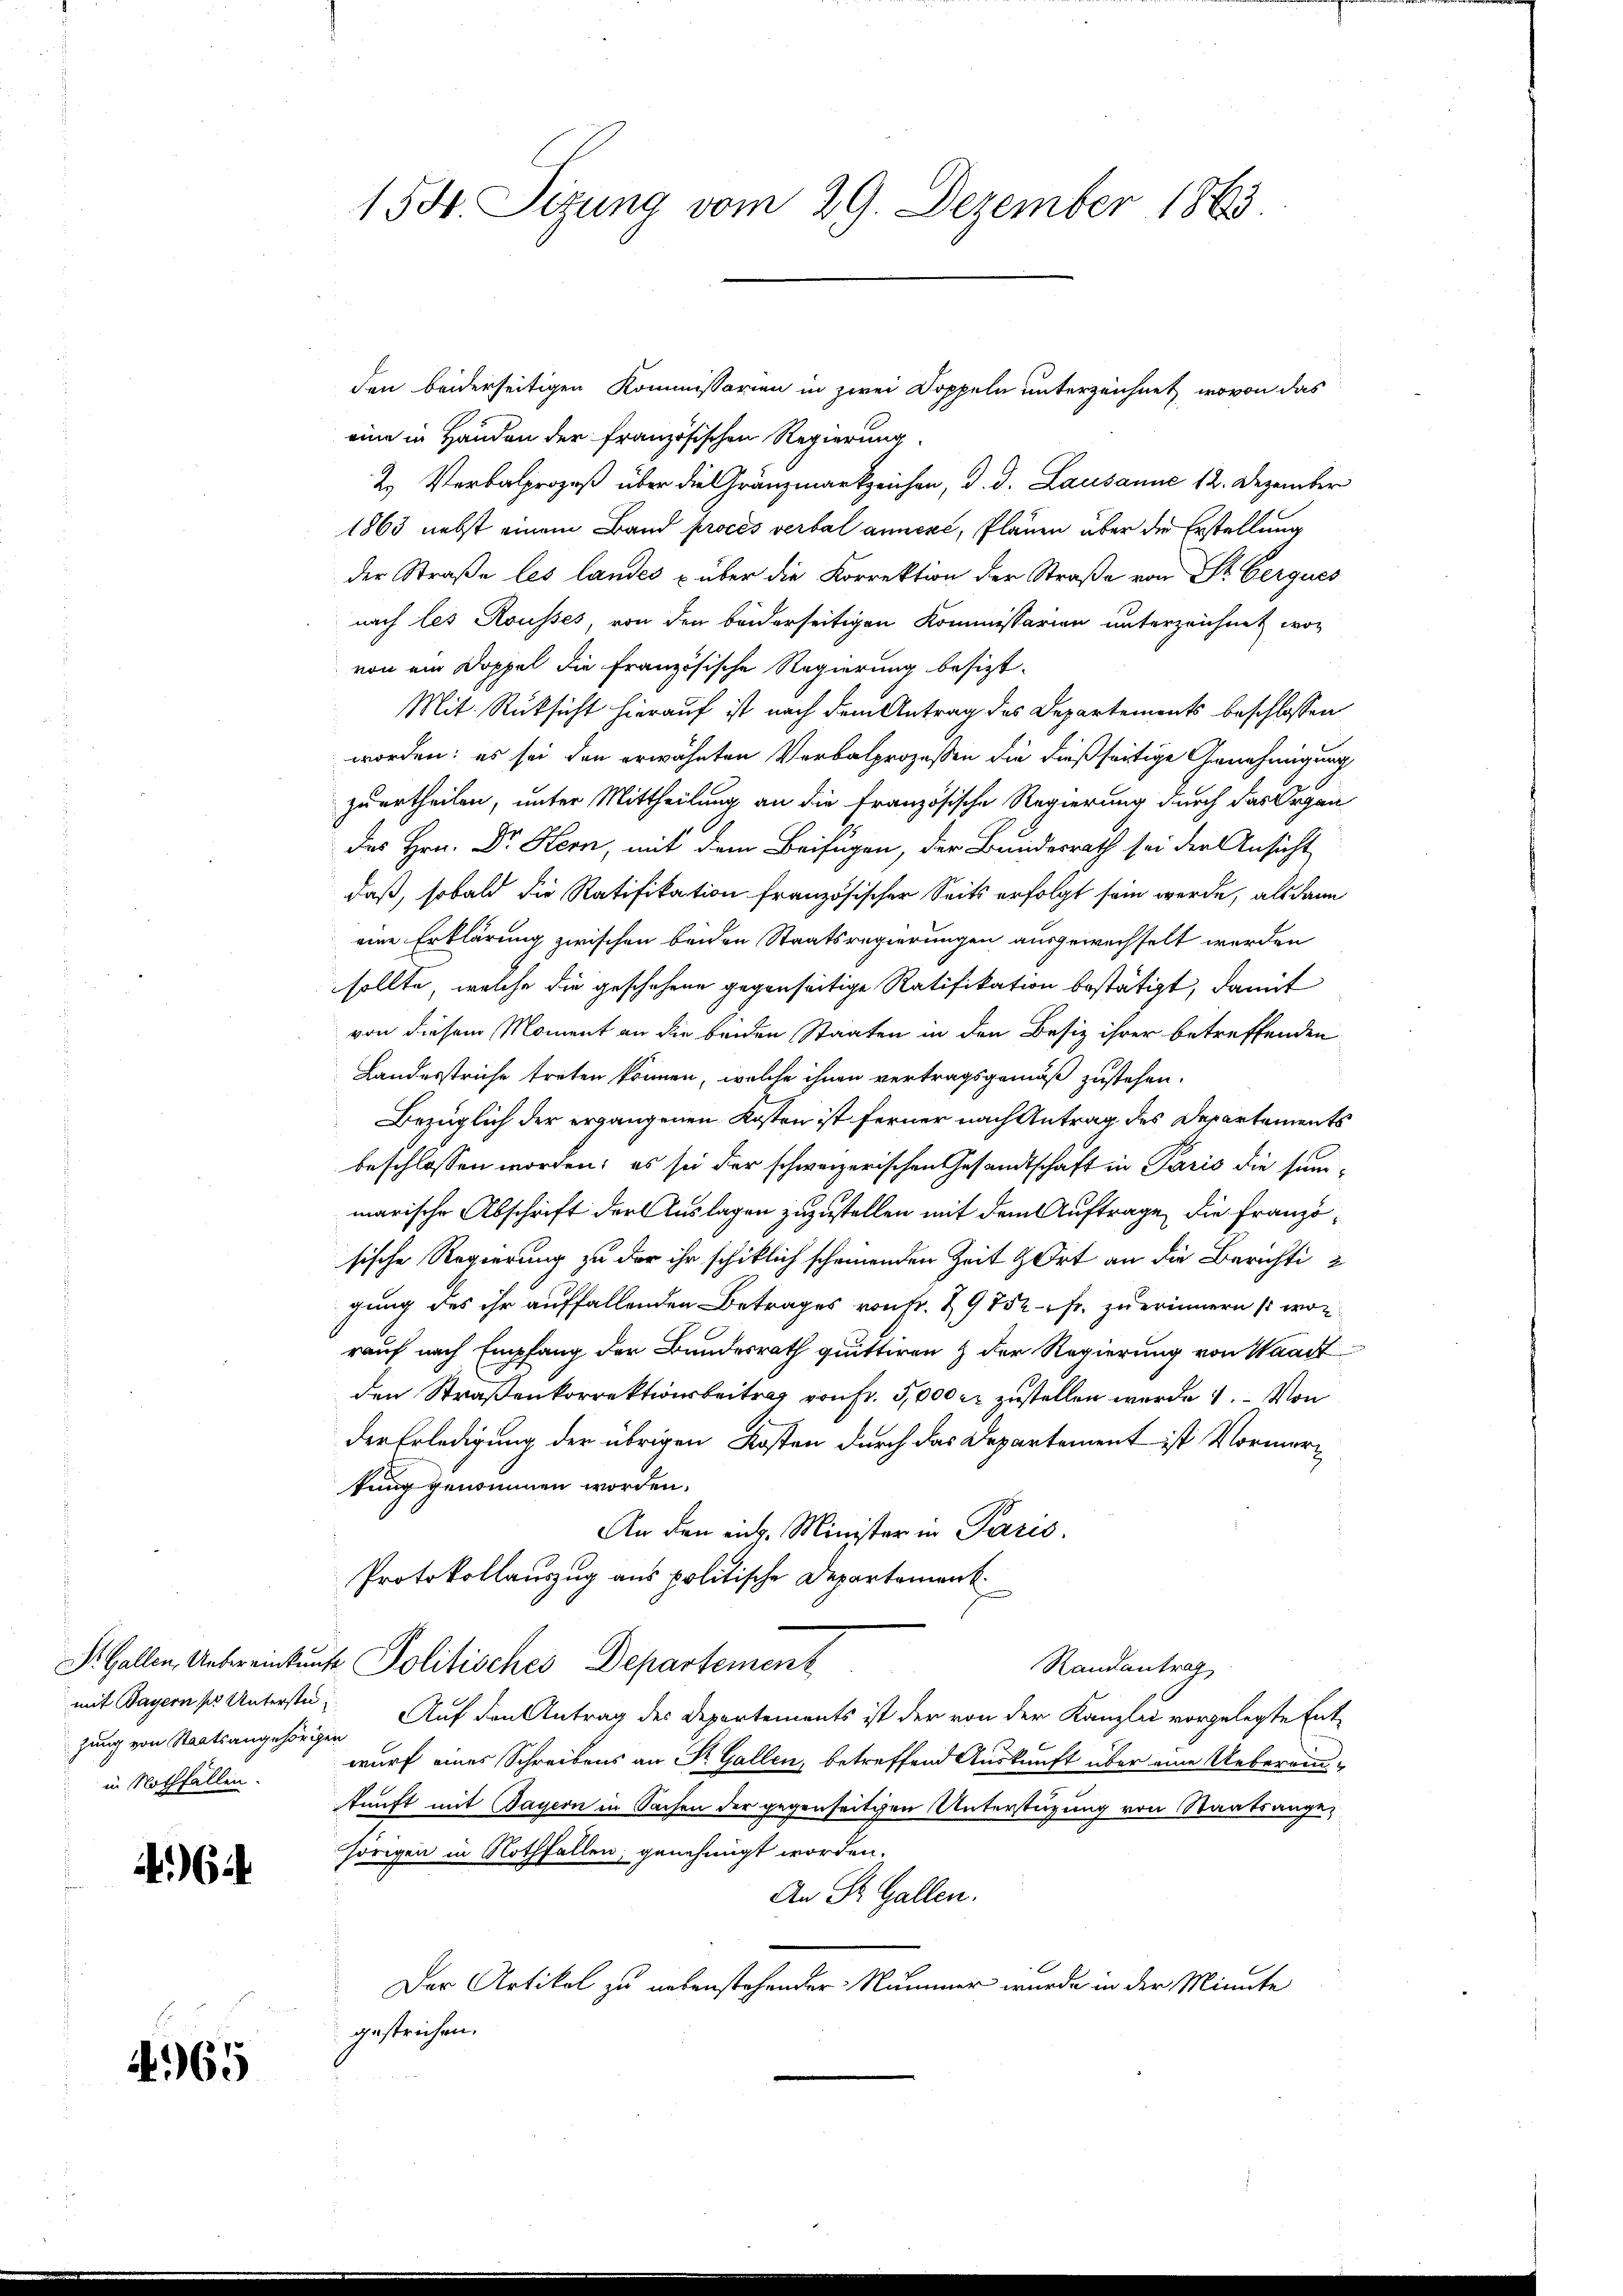
zung von Staatsangehörigen
in Nothfällen.

6

4965

155. Sizung vom 29. Dezember 1863.

den beiderseitigen Kommissarien in zwei Doppeln unterzeichnet, wovon das
eine in Handen der französischen Regierung
2. Verbalprozeß über die Gränzmarkzeichen, d. d. Lausanne 12. Dezember
1863 nebst einem Band proces verbal annere, Plänen über die Erstellung
der Straße les landes über die Korrektion der Straße von Dr. Cerques
nach les Rousses, von den beiderseitigen Kommissarien unterzeichnet wor
von ein Doppel die französische Regierung besizt¬
Mit Rüksicht hierauf ist nach dem Antrag des Departements beschlossen
worden: es sei den erwähnten Verbalprozessen die dießseitige Genehmigung
zuurtheilen, unter Mittheilung an die französische Regierung durch das Organ
des Hrn. Dr. Hern, mit dem Beifügen, der Bundesrath sei der Ansicht
daß, sobald die Ratifikation französischer Seits erfolgt sein werde, als dann
eine Erklärung zwischen beiden Staatsregierungen ausgewechselt werden
sollte, welche die geschehene gegenseitige Ratifikation bestätigt, damit
von diesem Moment an die beiden Staaten in den Besiz ihrer betreffenden
Landesstriche treten können, welche ihnen vertragsgemäß zustehen.
Bezüglich der ergangenen Kosten ist ferner nach Antrag des Departements
beschlossen worden; es sei der schweizerischen Gesandtschaft in Paris die summarische Abschrift der Auslagen zuzustellen mit dem Auftrage, die Französische Regierung zu der ihr schiklich scheinenden Zeit & Ort an die Berichti
gung des ihr auffallenden Betrages von Fr. 19752fr. zu erinnern so worauf nach Empfang der Bundesrath quittiren & der Regierung von Waadt
den Straßenkorrektionsbeitrag von Fr. 5000 fr zustellen werde 1. Von
der Erledigung der übrigen Kosten durch das Departement ist Vormertung genommen worden.
An den ein. Minister in Paris.
Protokollauszug aus politische Departement
S. Gallen, Unbereinkunft Politisches Departement
Randantrag
mit Bayern pr Unterster Auf den Antrag des Departements ist der von der Kanzlei vorgelegte Ent-
wurf eines Schreibens an Sr. Gallen, betreffend Auskunft über eine Uebereinunft mit Bayern in Sachen der gegenseitigen Unterstüzung von Staatsangehörigen in Nothfallen, genehmigt worden.
An St. Gallen.
Der Artikel zu nebenstehender Nummer wurde in der Minute
gestrichen.